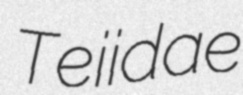
Teiidae